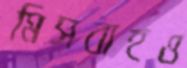
মিসবাহও